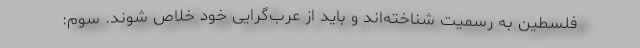
فلسطین به رسمیت شناخته‌اند و باید از عرب‌گرایی خود خلاص شوند. سوم: